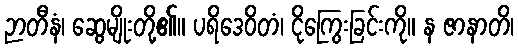
ဉာတီနံ၊ ဆွေမျိုးတို့၏။ ပရိဒေဝိတံ၊ ငိုကြွေးခြင်းကို။ န ဇာနာတိ၊